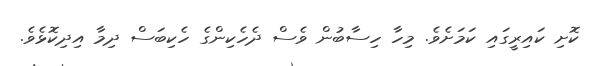
ކޮށި ކައިރީގައި ކަމަށެވެ. މިހާ ހިސާބުން ވެސް ދެހެކިންގެ ހެކިބަސް ދިމާ އިދިކޮޅެވެ.